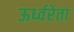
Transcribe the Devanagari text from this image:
ऊर्ध्वरेता